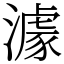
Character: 澽